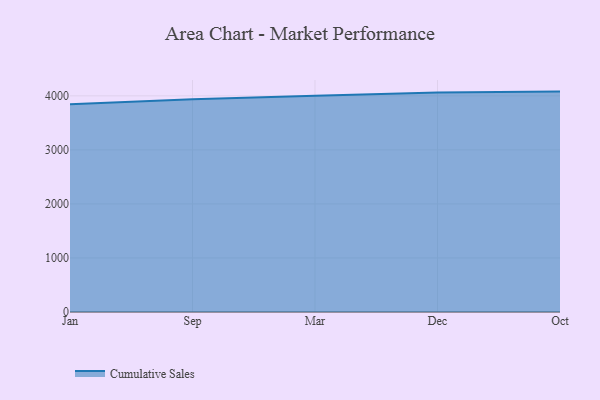
{"axis": {"x": "Month", "y": "Shipments"}, "legend": ["Cumulative Sales"], "data": [{"x": "Jan", "y": 3842.0, "type": "Cumulative Sales"}, {"x": "Sep", "y": 3935.3, "type": "Cumulative Sales"}, {"x": "Mar", "y": 3999.7, "type": "Cumulative Sales"}, {"x": "Dec", "y": 4062.2, "type": "Cumulative Sales"}, {"x": "Oct", "y": 4078.2, "type": "Cumulative Sales"}]}